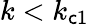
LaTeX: k<k_{\mathsf{c}1}